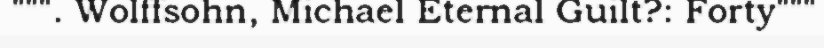
""". Wolffsohn, Michael Eternal Guilt?: Forty"""